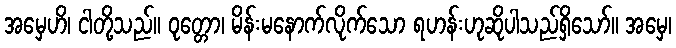
အမှေဟိ၊ ငါတို့သည်။ ဝုတ္တော၊ မိန်းမနောက်လိုက်သော ရဟန်းဟုဆိုပါသည်ရှိသော်။ အမှေ၊